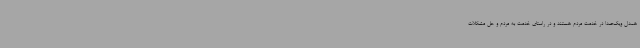
همدل ویک‌صدا در خدمت مردم هستند و در راستای خدمت به مردم و حل مشکلات